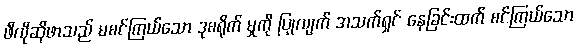
ဖီလိုဆိုဖာသည် မစင်ကြယ်သော ဒုစရိုက် မှုကို ပြုလျက် အသက်ရှင် နေခြင်းထက် စင်ကြယ်သော